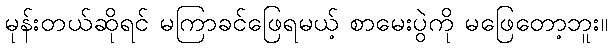
မုန်းတယ်ဆိုရင် မကြာခင်ဖြေရမယ့် စာမေးပွဲကို မဖြေတော့ဘူး။